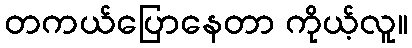
တကယ်ပြောနေတာ ကိုယ့်လူ။